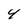
Character: 4